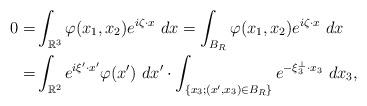
LaTeX: \begin{align*}0=&\int_{\mathbb{R}^3} \varphi(x_1, x_2) e^{i\zeta\cdot x}\ dx=\int_{B_R} \varphi(x_1, x_2) e^{i\zeta\cdot x}\ dx\\=&\int_{\mathbb{R}^2} e^{i\xi'\cdot x'}\varphi(x')\ dx'\cdot \int_{\{x_3; (x', x_3)\in B_R\}} e^{-\xi_3^\perp\cdot x_3}\ dx_3,\end{align*}